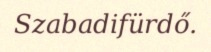
Szabadifürdő.